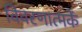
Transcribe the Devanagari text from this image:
विवरणात्मकें